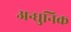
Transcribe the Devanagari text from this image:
अन्धुनिक